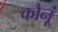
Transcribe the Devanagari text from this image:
कौनूं